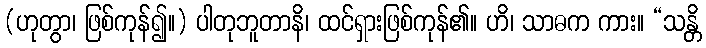
(ဟုတွာ၊ ဖြစ်ကုန်၍။) ပါတုဘူတာနိ၊ ထင်ရှားဖြစ်ကုန်၏။ ဟိ၊ သာဓက ကား။ “သန္တိ